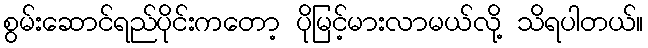
စွမ်းဆောင်ရည်ပိုင်းကတော့ ပိုမြင့်မားလာမယ်လို့ သိရပါတယ်။